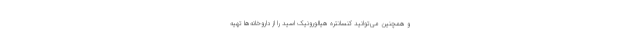
و همچنین می‌توانید کنسانتره هیالورونیک اسید را از داروخانه‌ها تهیه